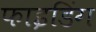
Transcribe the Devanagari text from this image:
फाइडिंग